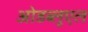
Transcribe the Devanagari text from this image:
ओडब्लूएल